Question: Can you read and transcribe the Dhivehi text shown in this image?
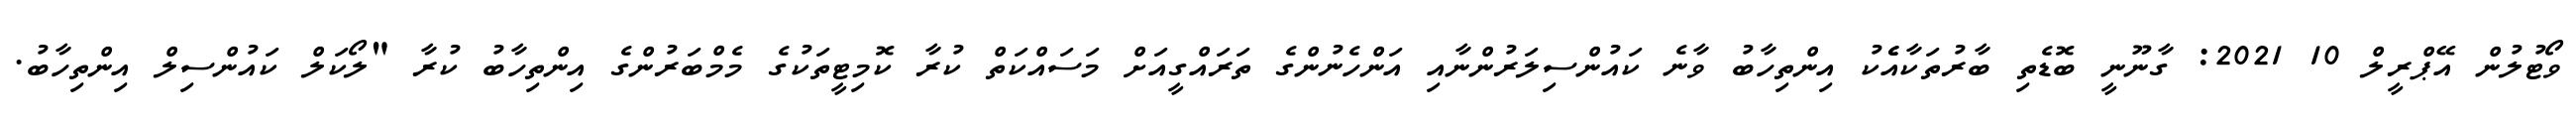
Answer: ވޯޓުލުން އޭޕްރީލް 10 2021: ގާނޫނީ ބޮޑެތި ބާރުތަކާއެެކު އިންތިހާބު ވާނެ ކައުންސިލަރުންނާއި އަންހެނުންގެ ތަރައްގީއަށް މަސައްކަތް ކުރާ ކޮމިޓީތަކުގެ މެމްބަރުންގެ އިންތިހާބު ކުރާ "ލޯކަލް ކައުންސިލް އިންތިހާބު.